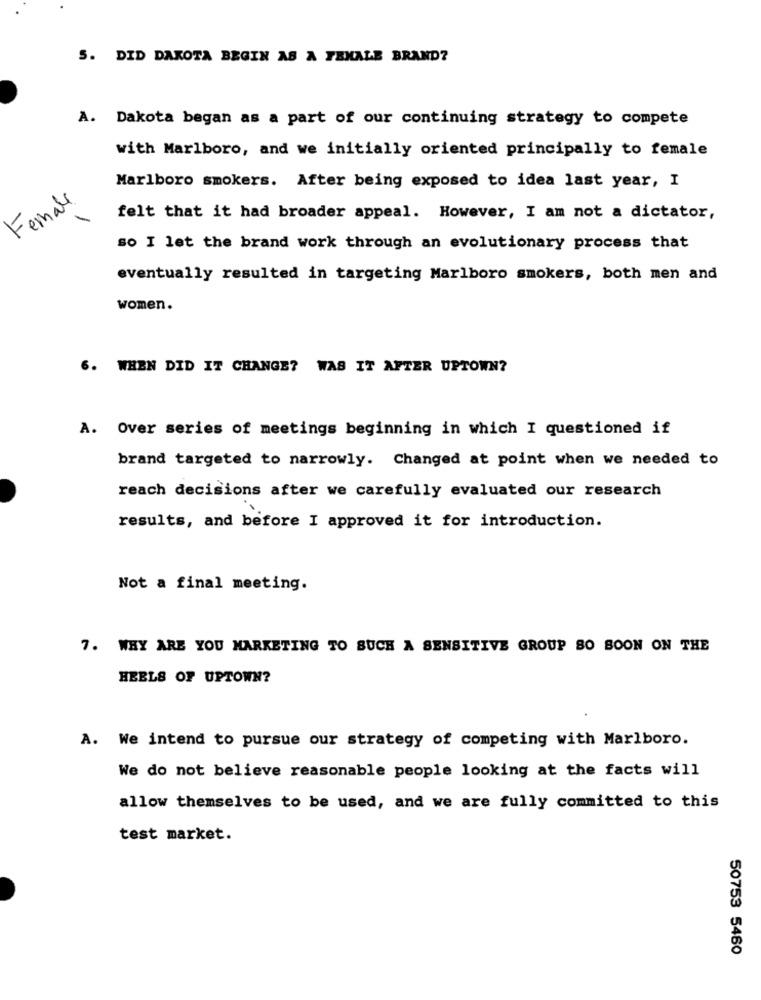
5. DID DAKOTA BEGIN AS A FEMALE BRAND?
A. Dakota began as a part of our continuing strategy to compete
with Marlboro, and we initially oriented principally to female
Marlboro smokers. After being exposed to idea last year, I
Female
-
felt that it had broader appeal. However, I am not a dictator,
so I let the brand work through an evolutionary process that
eventually resulted in targeting Marlboro smokers, both men and
women.
6. WHEN DID IT CHANGE? WAS IT AFTER UPTOWN?
A. Over series of meetings beginning in which I questioned if
brand targeted to narrowly. Changed at point when we needed to
reach decisions after we carefully evaluated our research
results, and before I approved it for introduction.
Not a final meeting.
7. WHY ARE YOU MARKETING TO SUCH A SENSITIVE GROUP SO BOON ON THE
HEELS OF UPTOWN?
A. We intend to pursue our strategy of competing with Marlboro.
We do not believe reasonable people looking at the facts will
allow themselves to be used, and we are fully committed to this
test market.
50753 5460